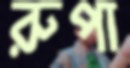
রুপা